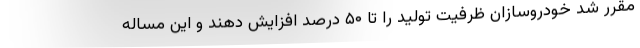
مقرر شد خودروسازان ظرفیت تولید را تا ۵۰ درصد افزایش دهند و این مساله